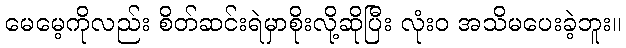
မေမေ့ကိုလည်း စိတ်ဆင်းရဲမှာစိုးလို့ဆိုပြီး လုံးဝ အသိမပေးခဲ့ဘူး။